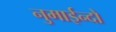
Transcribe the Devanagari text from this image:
नुमाईन्दो